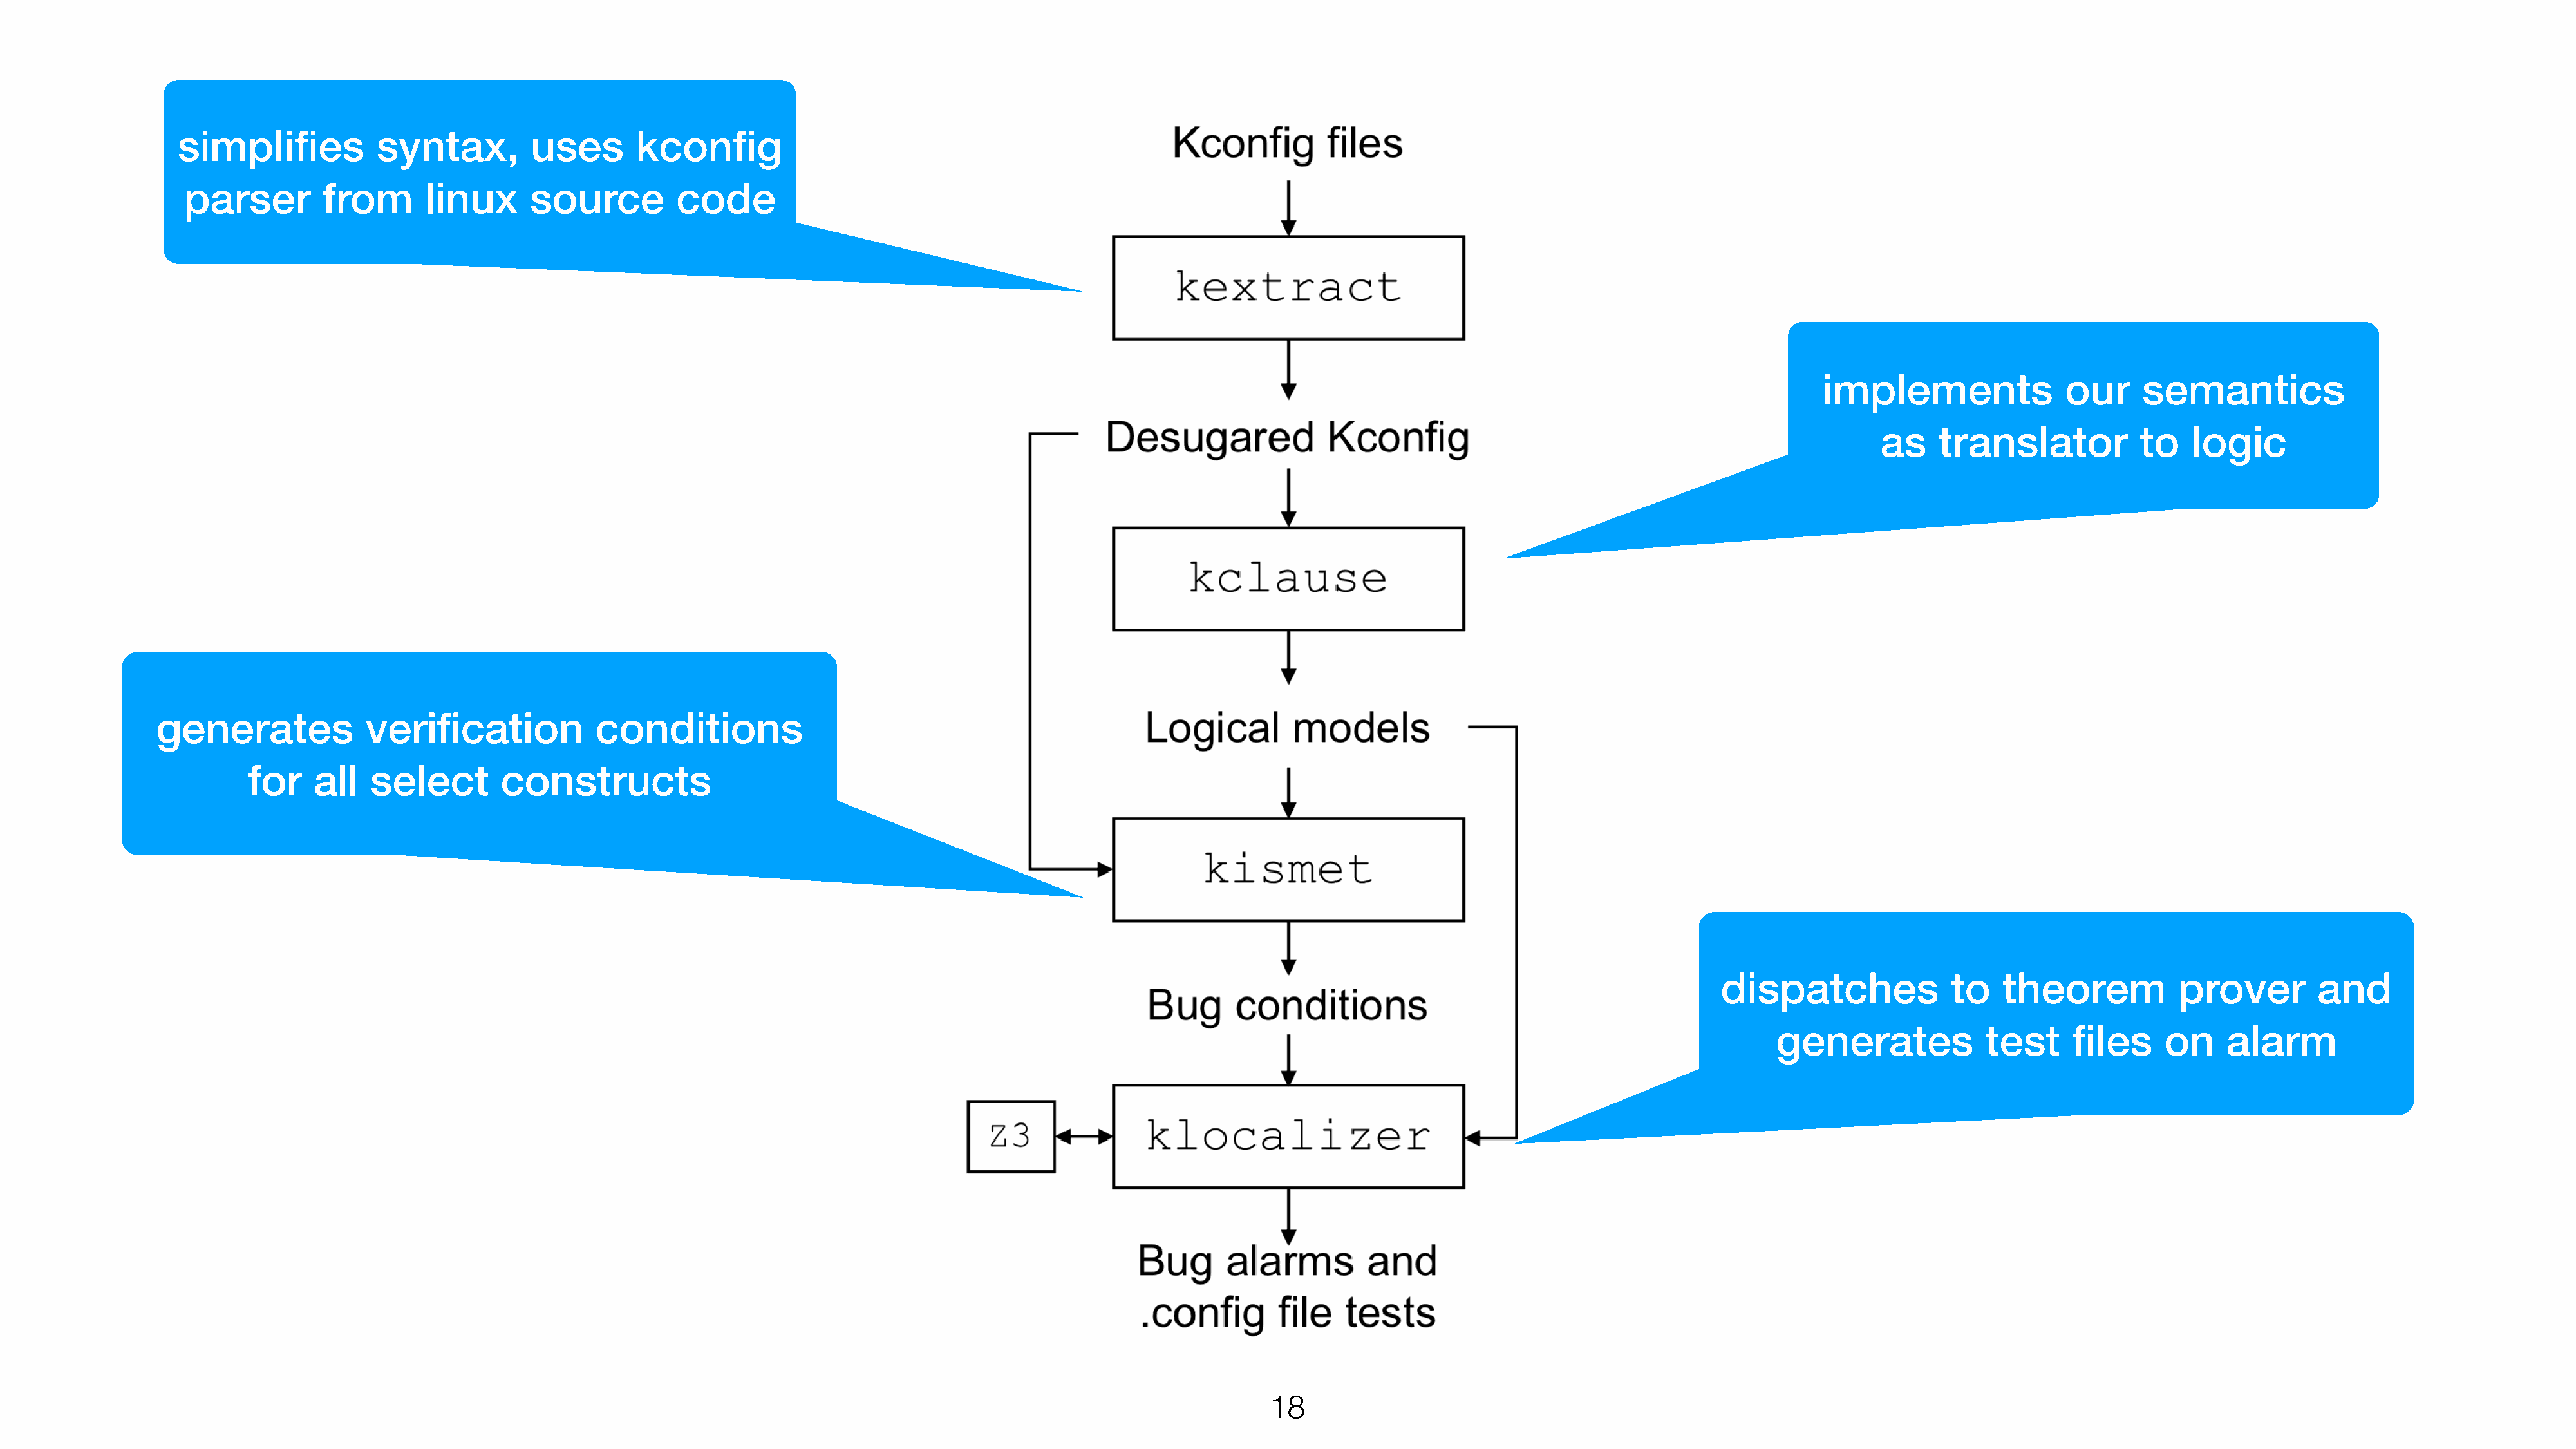
simplifies           syntax,         uses      kconfig
 parser        from       linux     source          code
 implements               our     semantics
 as    translator           to   logic
 generates             verification           conditions
 for    all   select       constructs
 dispatches              to   theorem           prover        and
 generates            test     files    on     alarm
 18